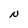
Character: N